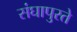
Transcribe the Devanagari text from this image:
संघापुरते